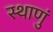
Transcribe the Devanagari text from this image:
स्थाणुं